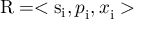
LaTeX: { \mathrm { R } } = < { \mathrm { s } } _ { \mathrm { i } } { , p } _ { \mathrm { i } } { , x } _ { \mathrm { i } } >